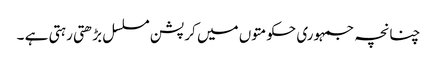
چنانچہ جمہوری حکومتوں میں کرپشن مسلسل بڑھتی رہتی ہے ۔